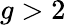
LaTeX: g>2